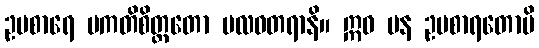
ဥပစာရေ ပကတိစိတ္တတော ဗလဝတရာနိ။ ဣဓ ပန ဥပစာရတောပိ